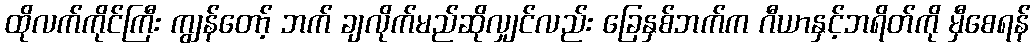
ထိုလက်ကိုင်ကြီး ကျွန်တော့် ဘက် ချလိုက်မည်ဆိုလျှင်လည်း ခြေနှစ်ဘက်က ဂီယာနှင့်ဘရိတ်ကို မှီစေရန်